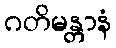
ဂတိမန္တာနံ